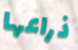
ذراعها